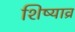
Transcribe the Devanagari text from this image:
शिष्याव्र